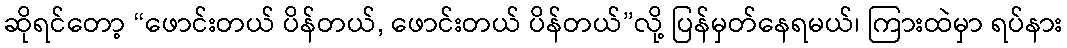
ဆိုရင်တော့ “ဖောင်းတယ် ပိန်တယ်, ဖောင်းတယ် ပိန်တယ်”လို့ ပြန်မှတ်နေရမယ်၊ ကြားထဲမှာ ရပ်နား